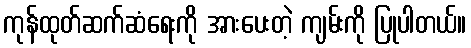
ကုန်ထုတ်ဆက်ဆံရေးကို အားပေးတဲ့ ကျမ်းကို ပြုပါတယ်။